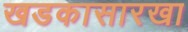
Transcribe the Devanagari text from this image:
खडकासारखा